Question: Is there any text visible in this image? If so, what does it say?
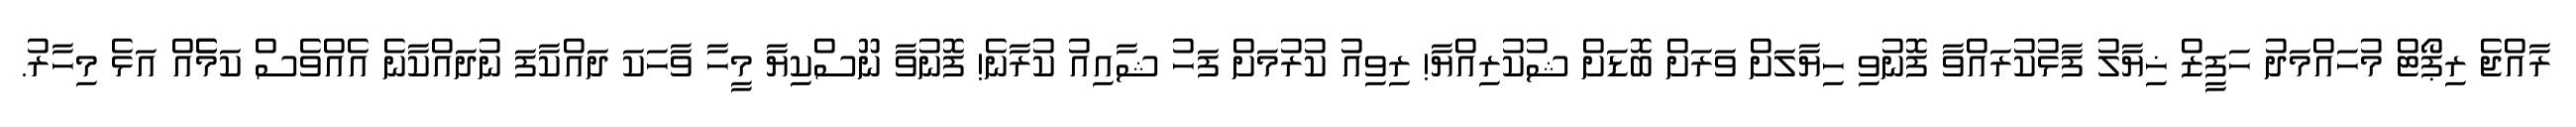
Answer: ރާއްޖެ ރިޕޯޓް މުހައްމަދު ހަފީޒް ޚިޔާލު ފާޅުކުރައްވާ ފޮނުވި ހިޔާލަށް ވަރަށް ބޮޑަށް ޝުކުރިއްޔާ! ރިވިއު ކުރުމަށް ފަހު ޝާއިއު ކުރާނެ! ފޮނުވާ ނޫސްކިޔާ މީހާ ވާހަކަ ދައްކާފަ ނުދައްކާނެ އެއްވެސް ކަމެެއް އަޅެ މިހާރު.